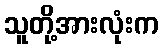
သူတို့အားလုံးက